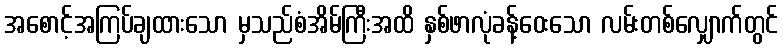
အစောင့်အကြပ်ချထားသော မှသည်စံအိမ်ကြီးအထိ နှစ်ဖာလုံခန့်ဝေးသော လမ်းတစ်လျှောက်တွင်